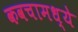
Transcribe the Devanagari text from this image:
कवचामध्ये